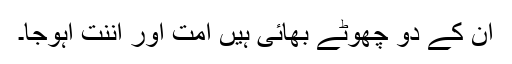
ان کے دو چھوٹے بھائی ہیں امت اور اننت آہوجا۔